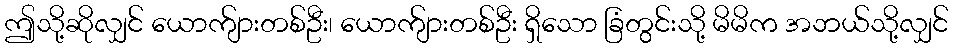
ဤသို့ဆိုလျှင် ယောက်ျားတစ်ဦး၊ ယောက်ျားတစ်ဦး ရှိသော ခြံတွင်းသို့ မိမိက အဘယ်သို့လျှင်